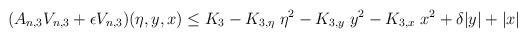
LaTeX: \begin{align*}(A_{n,3} V_{n,3} + \epsilon V_{n,3})(\eta,y,x) \leq K_3- K_{3,\eta}\; \eta^2- K_{3,y} \; y^2- K_{3,x} \; x^2 + \delta |y| + |x|\end{align*}